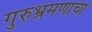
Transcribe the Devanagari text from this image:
गुरुभ्रमणाचा